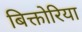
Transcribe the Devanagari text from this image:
बिक्तोरिया